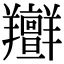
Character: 𦏭